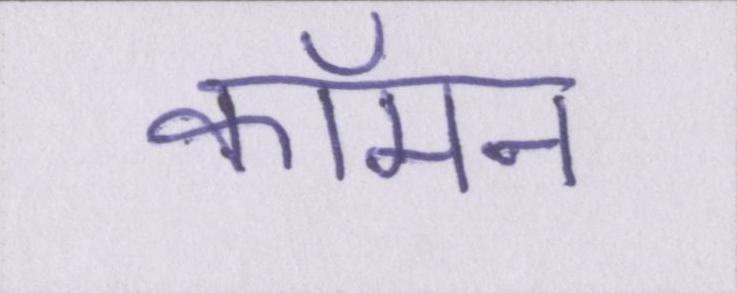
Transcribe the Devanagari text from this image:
कॉमन